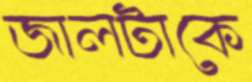
জালটাকে